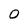
Character: O